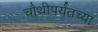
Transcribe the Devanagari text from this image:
चौथीपर्यंतच्या